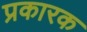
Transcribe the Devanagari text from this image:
प्रकारक